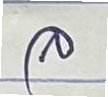
ล